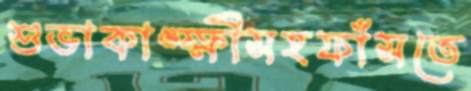
শুভাকাঙ্ক্ষীসহফাঁসতে